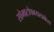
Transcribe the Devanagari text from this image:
सोमाटोफायलाकेस